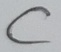
Text: C